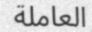
العاملة